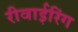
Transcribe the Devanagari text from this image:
रीवाईरिंग